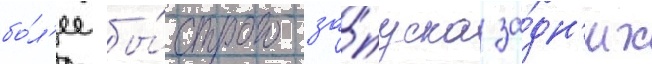
бо́л'ее бы́строго за́пуска за́дн'их